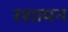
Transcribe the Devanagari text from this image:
रशायन